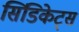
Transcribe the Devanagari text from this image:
सिंडिकेट्स